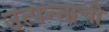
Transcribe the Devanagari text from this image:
उत्पन्‍नाची